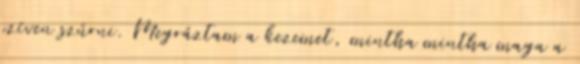
szíven szúrni. Megráztam a kezemet, mintha mintha maga a